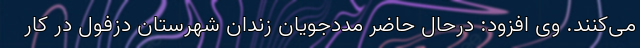
می‌کنند. وی افزود: درحال حاضر مددجویان زندان شهرستان دزفول در کار